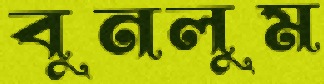
বুনলুম